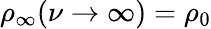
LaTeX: \rho_{\infty}(\nu\rightarrow\infty)=\rho_{0}